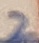
Text: 2